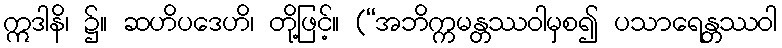
ဣဒါနိ၊ ၌။ ဆဟိပဒေဟိ၊ တို့ဖြင့်။ (“အဘိက္ကမန္တဿဝါမှစ၍ ပသာရေန္တဿဝါ